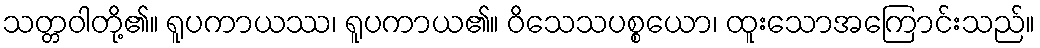
သတ္တဝါတို့၏။ ရူပကာယဿ၊ ရူပကာယ၏။ ဝိသေသပစ္စယော၊ ထူးသောအကြောင်းသည်။